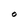
Character: O